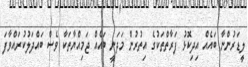
ލީޑަރުންނާ ބައެއް އިދިކޮޅު ފަރާތްތަކުގެ އިތުރުން މަދަނީ ބައެއް ޖަމިއްޔާތަކާ ވެސް ބައްދަލުކުރައްވާފަ